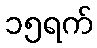
၁၅ရက်